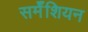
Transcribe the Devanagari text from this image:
सर्मॅशियन